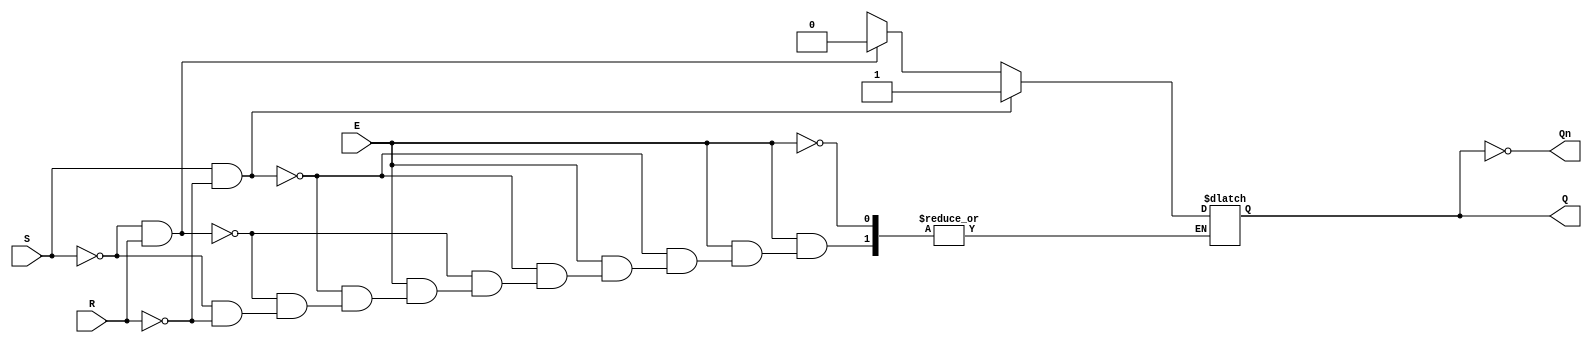
module gated_sr_latch (
    input wire S,      // Set input
    input wire R,      // Reset input
    input wire E,      // Enable input
    output reg Q,      // Primary output
    output wire Qn     // Complementary output
);

// Complementary output
assign Qn = ~Q;

// Always block to implement the gated SR latch behavior
always @(*) begin
    // Check the state of the Enable signal
    if (E) begin
        if (S && ~R) begin
            Q = 1'b1;  // Set condition
        end else if (~S && R) begin
            Q = 1'b0;  // Reset condition
        end else if (~S && ~R) begin
            // Hold state, keep previous Q value
            Q = Q;     // No change
        end else begin
            // Invalid condition: both S and R high
            Q = 1'bx;  // Indeterminate state
        end
    end
    // When Enable is low, retain the previous state
end

endmodule